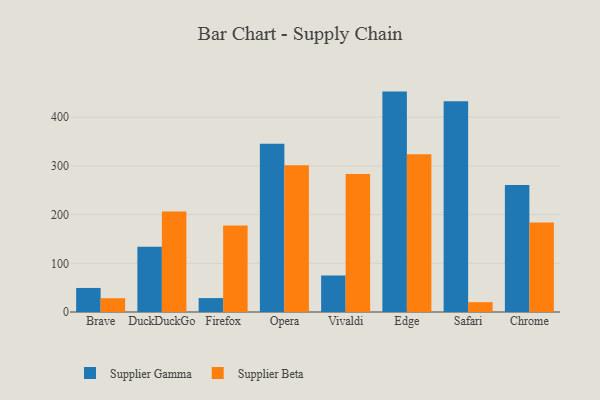
{"axis": {"x": "Browser", "y": "Population (Million)"}, "legend": ["Supplier Beta", "Supplier Gamma"], "data": [{"x": "Brave", "y": 49.4, "type": "Supplier Gamma"}, {"x": "Brave", "y": 28.3, "type": "Supplier Beta"}, {"x": "DuckDuckGo", "y": 134.1, "type": "Supplier Gamma"}, {"x": "DuckDuckGo", "y": 206.2, "type": "Supplier Beta"}, {"x": "Firefox", "y": 28.6, "type": "Supplier Gamma"}, {"x": "Firefox", "y": 177.5, "type": "Supplier Beta"}, {"x": "Opera", "y": 345.6, "type": "Supplier Gamma"}, {"x": "Opera", "y": 301.3, "type": "Supplier Beta"}, {"x": "Vivaldi", "y": 74.9, "type": "Supplier Gamma"}, {"x": "Vivaldi", "y": 283.7, "type": "Supplier Beta"}, {"x": "Edge", "y": 452.7, "type": "Supplier Gamma"}, {"x": "Edge", "y": 324.0, "type": "Supplier Beta"}, {"x": "Safari", "y": 433.0, "type": "Supplier Gamma"}, {"x": "Safari", "y": 20.2, "type": "Supplier Beta"}, {"x": "Chrome", "y": 260.9, "type": "Supplier Gamma"}, {"x": "Chrome", "y": 183.7, "type": "Supplier Beta"}]}